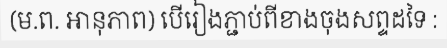
(ម.ព. អានុភាព) បើរៀងភ្ជាប់ពីខាងចុងសព្ទដទៃ :